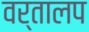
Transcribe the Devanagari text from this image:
वर्तालप